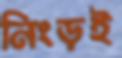
নিংড়ই